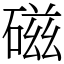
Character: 磁